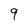
Character: 9